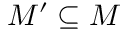
M ^ { \prime } \subseteq M